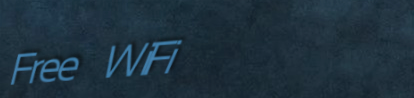
Free WiFi